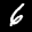
Label: 6